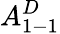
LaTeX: A_{1-1}^{D}